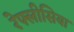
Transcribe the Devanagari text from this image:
रेफ्लीसिया